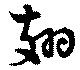
翅